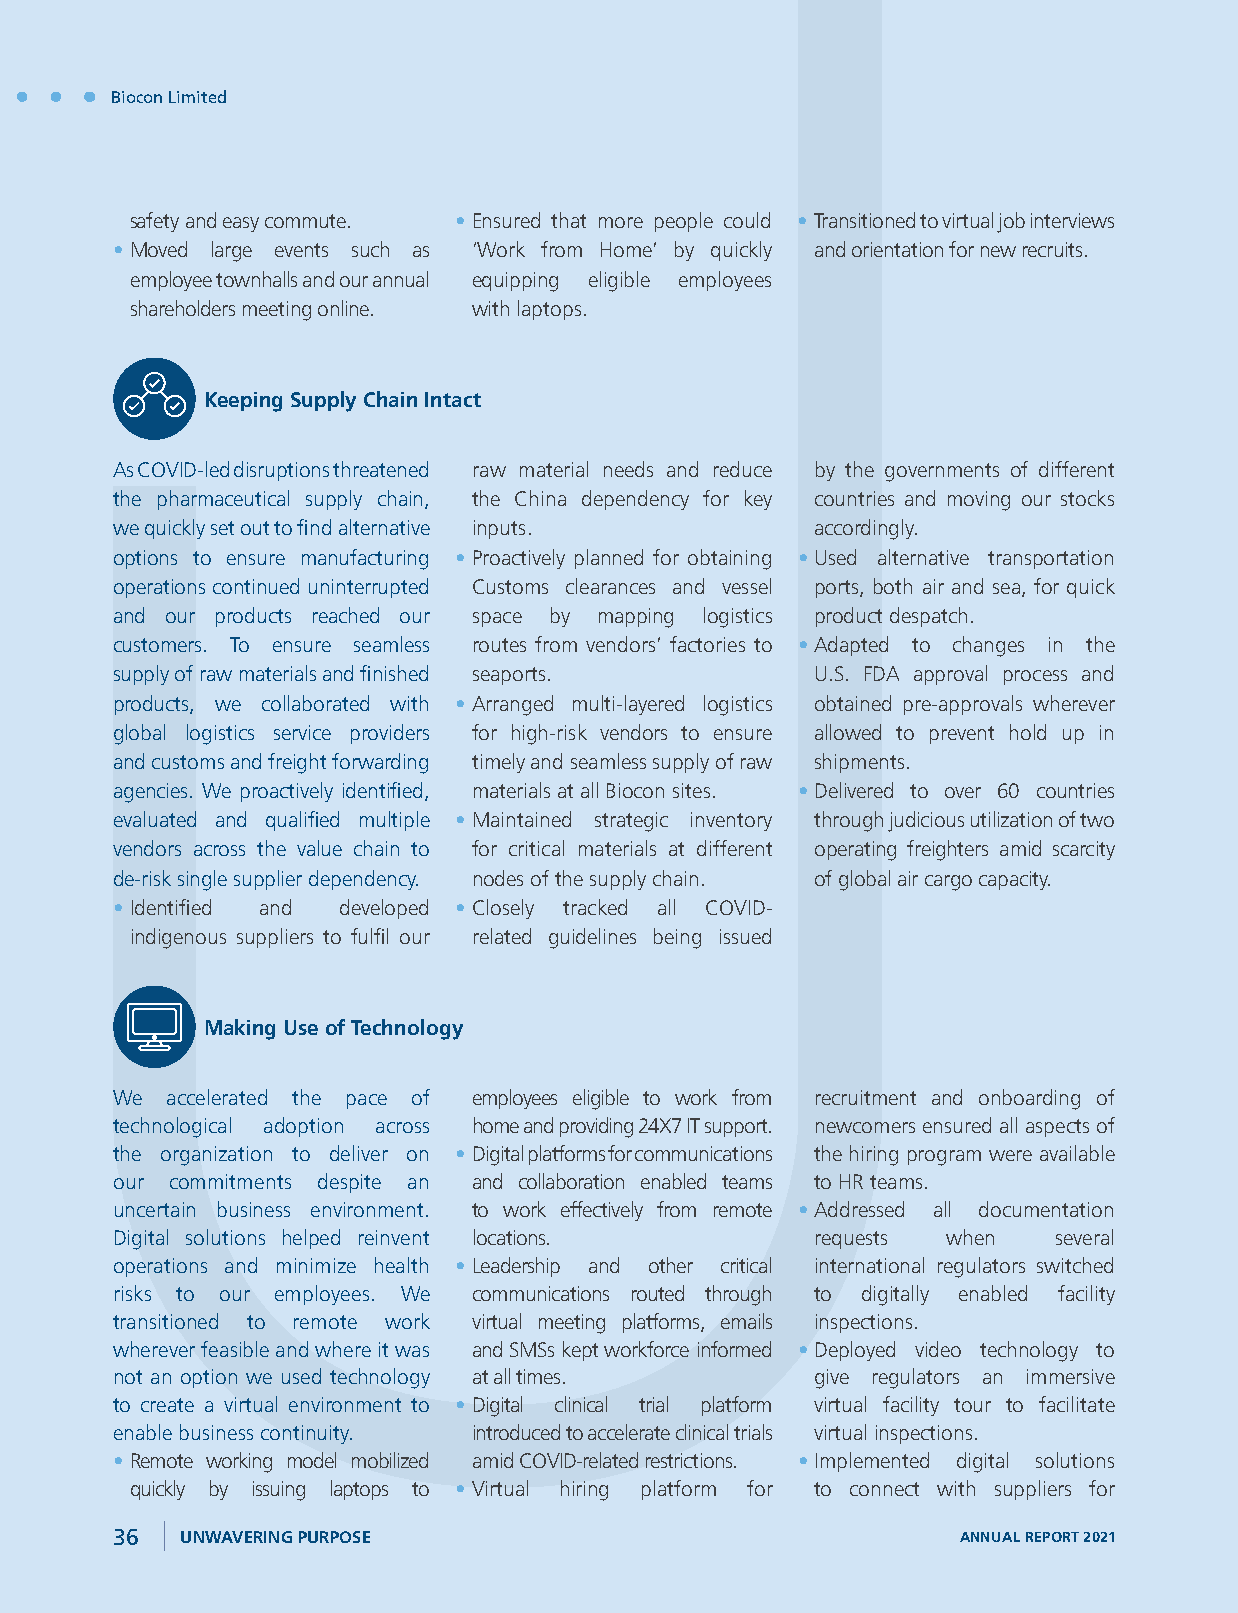
Biocon Limited
 safety and easy commute. • Ensured that more people could • Transitioned to virtual job interviews
 • Moved large events such as ‘Work from Home’ by quickly and orientation for new recruits.
 employee townhalls and our annual equipping eligible employees
 shareholders meeting online. with laptops.
 Keeping Supply Chain Intact
 As COVID-led disruptions threatened raw material needs and reduce by the governments of different
 the pharmaceutical supply chain, the China dependency for key countries and moving our stocks
 we quickly set out to find alternative inputs. accordingly.
 options to ensure manufacturing • Proactively planned for obtaining • Used alternative transportation
 operations continued uninterrupted Customs clearances and vessel ports, both air and sea, for quick
 and our products reached our space by mapping logistics product despatch.
 customers. To ensure seamless routes from vendors’ factories to • Adapted to changes in the
 supply of raw materials and finished seaports. U.S. FDA approval process and
 products, we collaborated with • Arranged multi-layered logistics obtained pre-approvals wherever
 global logistics service providers for high-risk vendors to ensure allowed to prevent hold up in
 and customs and freight forwarding timely and seamless supply of raw shipments.
 agencies. We proactively identified, materials at all Biocon sites. • Delivered to over 60 countries
 evaluated and qualified multiple • Maintained strategic inventory through judicious utilization of two
 vendors across the value chain to for critical materials at different operating freighters amid scarcity
 de-risk single supplier dependency. nodes of the supply chain. of global air cargo capacity.
 • Identified and developed • Closely tracked all COVID-
 indigenous suppliers to fulfil our related guidelines being issued
 Making Use of Technology
 We  accelerated the pace of employees eligible to work from recruitment and onboarding of
 technological adoption across home and providing 24X7 IT support. newcomers ensured all aspects of
 the organization to deliver on • Digital platforms for communications the hiring program were available
 our commitments despite an and collaboration enabled teams to HR teams.
 uncertain business environment. to work effectively from remote • Addressed all documentation
 Digital solutions helped reinvent locations.   requests when   several
 operations and minimize health • Leadership and other critical international regulators switched
 risks to our employees. We communications routed through to digitally enabled facility
 transitioned to remote work virtual meeting platforms, emails inspections.
 wherever feasible and where it was and SMSs kept workforce informed • Deployed video technology to
 not an option we used technology at all times. give regulators an immersive
 to create a virtual environment to • Digital clinical trial platform virtual facility tour to facilitate
 enable business continuity. introduced to accelerate clinical trials virtual inspections.
 • Remote working model mobilized amid COVID-related restrictions. • Implemented digital solutions
 quickly by issuing laptops to • Virtual hiring platform for to connect with suppliers for
 36   UNWAVERING PURPOSE                                  ANNUAL REPORT 2021